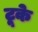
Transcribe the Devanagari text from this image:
टूके